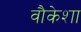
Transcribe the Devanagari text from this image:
वौकेशा